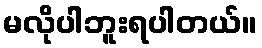
မလိုပါဘူးရပါတယ်။